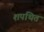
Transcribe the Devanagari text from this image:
शपथित